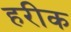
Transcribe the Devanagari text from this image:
हरीक